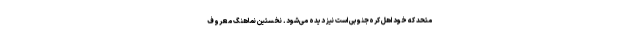
متحد که خود اهل کره‌جنوبی است نیز دیده می‌شود. نخستین نماهنگ معروف